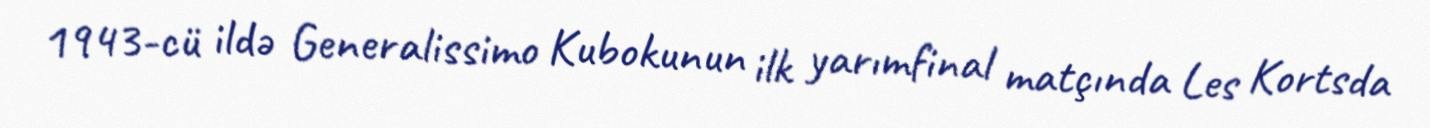
1943-cü ildə Generalissimo Kubokunun ilk yarımfinal matçında Les Kortsda